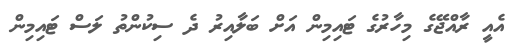
އެއީ ރާއްޖޭގެ މިހާރުގެ ޓައިިމިން އަށް ބަލާއިރު ދެ ސިކުންތު ލަސް ޓައިމިން